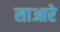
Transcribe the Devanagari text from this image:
साआरे